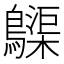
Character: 𪆫